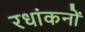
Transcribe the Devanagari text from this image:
रधांकनों